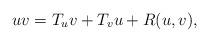
LaTeX: \begin{align*}uv=T_uv+T_vu+R(u,v),\end{align*}